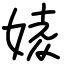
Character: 婈